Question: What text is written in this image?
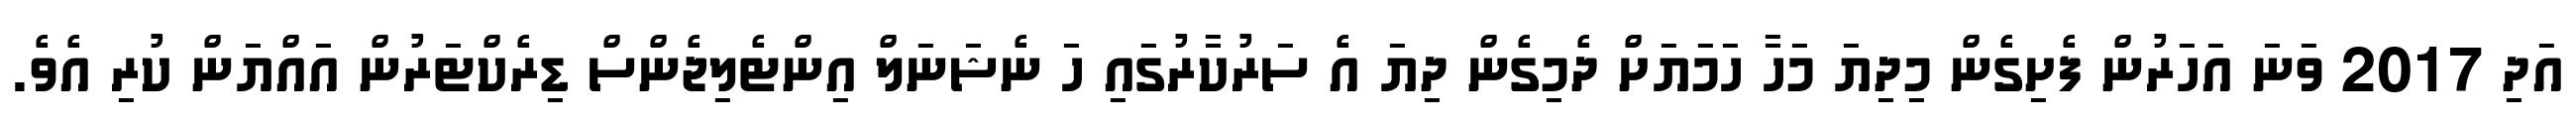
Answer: އަދި 2017 ވަނަ އަހަރުން ފެށިގެން މިދިޔަ މަހާ ހަމަޔަށް ދެމިގެން ދިޔަ އެ ސަރުކާރުގައި ހަ ނެޝަނަލް އިންޓެލިޖެންސް ޑިރެކްޓަރުން އައްޔަން ކުރި އެވެ.